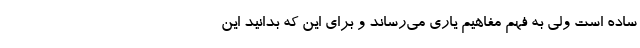
ساده است ولی به فهم مفاهیم یاری می‌رساند و برای این که بدانید این